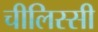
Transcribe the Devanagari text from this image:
चीलिस्सी